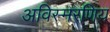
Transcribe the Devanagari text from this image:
अविस्मरणिय